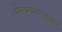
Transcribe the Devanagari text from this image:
श्रीमत्प्रतापराणायनं